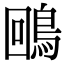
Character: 𪀟